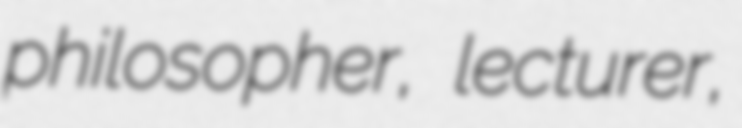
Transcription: philosopher, lecturer,